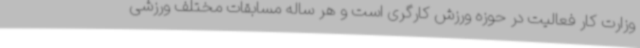
وزارت کار فعالیت در حوزه ورزش کارگری است و هر ساله مسابقات مختلف ورزشی